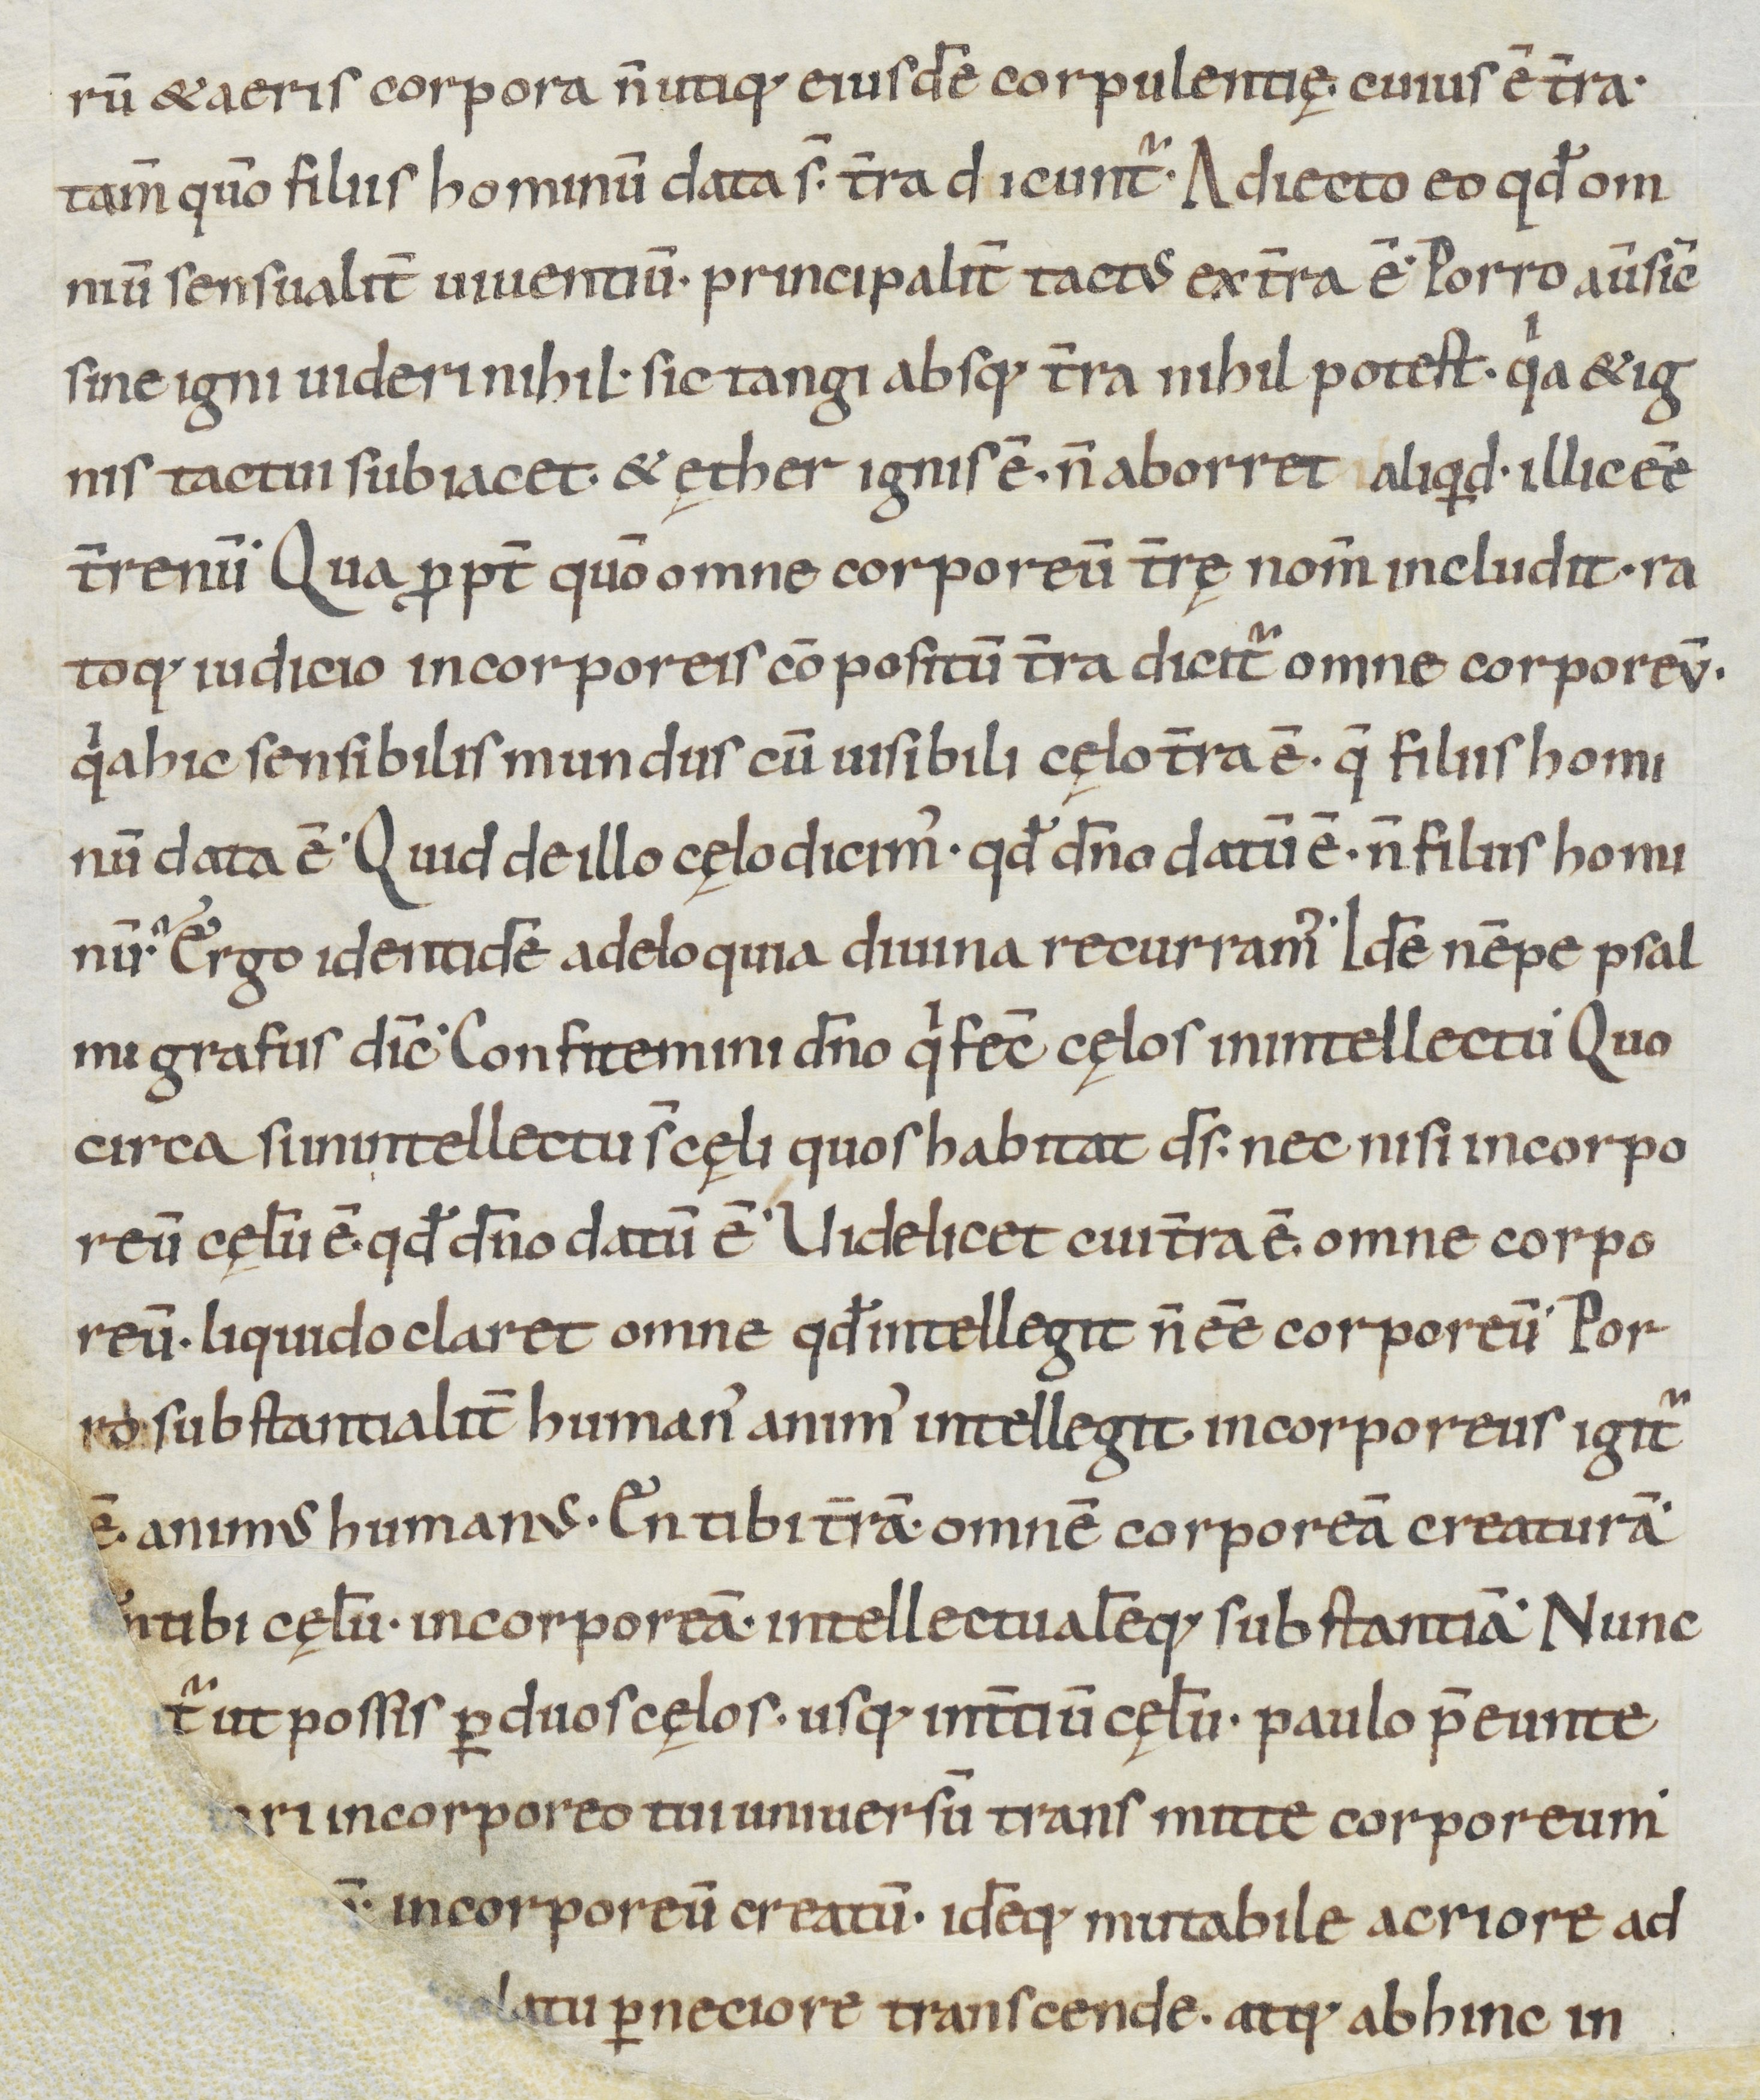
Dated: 900–999